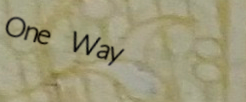
One Way